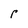
Character: r